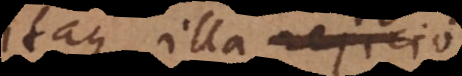
itaque illa rejicio